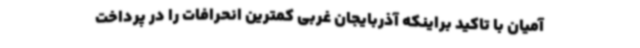
آمیان با تاکید براینکه آذربایجان غربی کمترین انحرافات را در پرداخت